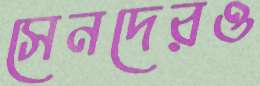
সেনদেরও